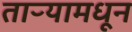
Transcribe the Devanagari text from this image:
ताऱ्यामधून